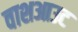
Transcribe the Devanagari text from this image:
वाशआउट